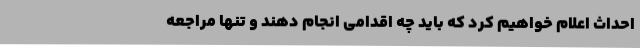
احداث اعلام خواهیم کرد که باید چه اقدامی انجام دهند و تنها مراجعه